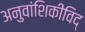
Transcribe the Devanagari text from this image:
अनुवांशिकीविद्